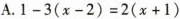
A.$$1-3(x-2)=2(x+1)$$